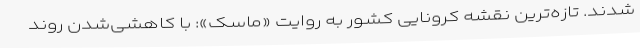
شدند. تازه‌ترین نقشه کرونایی کشور به روایت «ماسک»: با کاهشی‌شدن روند